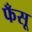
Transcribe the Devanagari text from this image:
फँसू